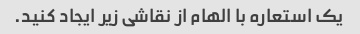
یک استعاره با الهام از نقاشی زیر ایجاد کنید.